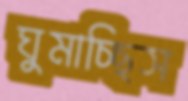
ঘুমাচ্ছিস